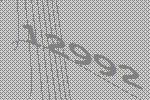
12992